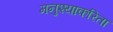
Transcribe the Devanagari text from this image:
मनुश्याकरिता